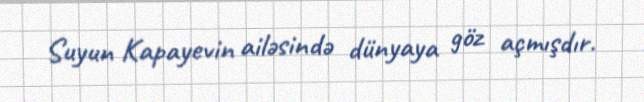
Suyun Kapayevin ailəsində dünyaya göz açmışdır.